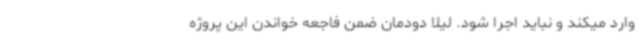
وارد میکند و نباید اجرا شود. لیلا دودمان ضمن فاجعه خواندن این پروژه